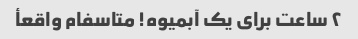
٢ ساعت برای یک آبمیوه! متاسفام واقعأ